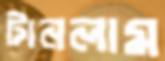
টানলাম